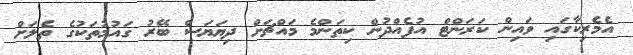
އެމެރިކާގައި ވައިން ކަރަންޓް އުފެއްދުން ކިތަންމެ މައްޗަށް ދިޔަޔަސް ބޭރު ގައުމުތަަކުގެ ތެލަށް